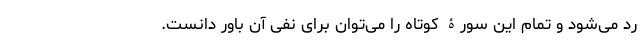
رد می‌شود و تمام این سورۀ کوتاه را می‌توان برای نفی آن باور دانست.